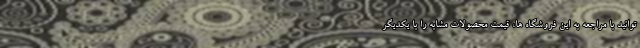
توانید با مراجعه به این فروشگاه ها، قیمت محصولات مشابه را با یکدیگر